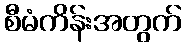
စီမံကိန်းအတွက်